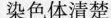
染色体清楚